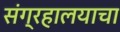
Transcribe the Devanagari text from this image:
संग्रहालयाचा